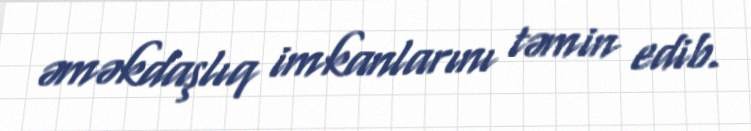
əməkdaşlıq imkanlarını təmin edib.